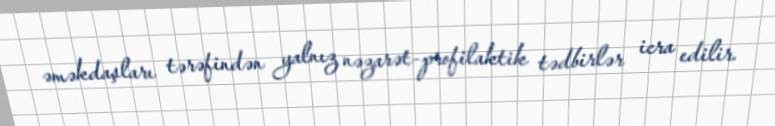
əməkdaşları tərəfindən yalnız nəzarət-profilaktik tədbirlər icra edilir.